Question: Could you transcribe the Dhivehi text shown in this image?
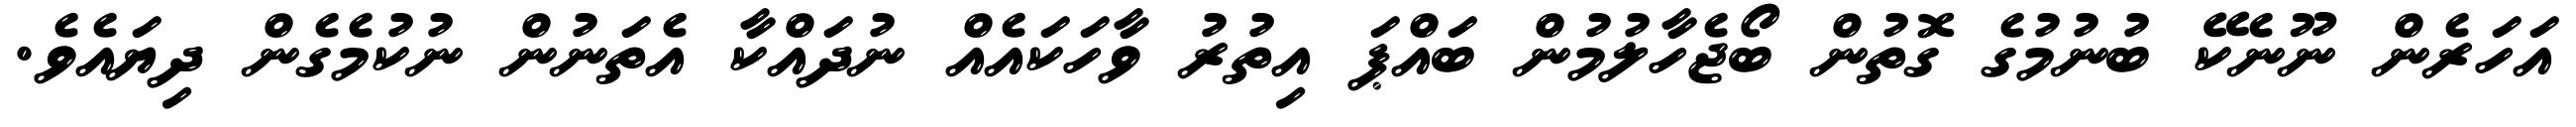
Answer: އަހަރެން ނޫނެކޭ ބުނުމުގެ ގޮތުން ބޯޖެހާލުމުން ބައްޕަ އިތުރު ވާހަކައެއް ނުދައްކާ އެތަނުން ނުކުމެގެން ދިޔައެވެ.